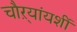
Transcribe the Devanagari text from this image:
चौऱ्यांयशीं